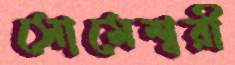
সোমেশ্বরী